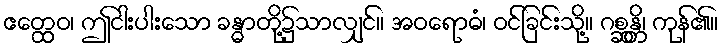
ဧတ္ထေဝ၊ ဤငါးပါးသော ခန္ဓာတို့၌သာလျှင်။ အဝရောဓံ၊ ဝင်ခြင်းသို့။ ဂစ္ဆန္တိ၊ ကုန်၏။